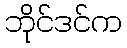
ဘိုင်ဒင်က